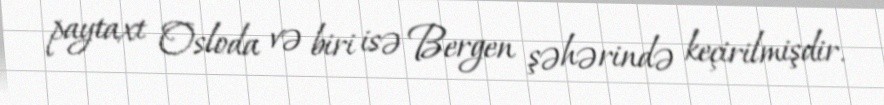
paytaxt Osloda və biri isə Bergen şəhərində keçirilmişdir.